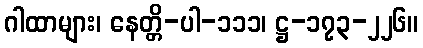
ဂါထာများ၊ နေတ္တိ-ပါ-၁၁၁၊ ဋ္ဌ-၁၇၃-၂၂၆။